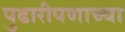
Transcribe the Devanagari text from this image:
पुढारीपणाच्या